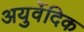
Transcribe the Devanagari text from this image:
अयुर्वेदिक